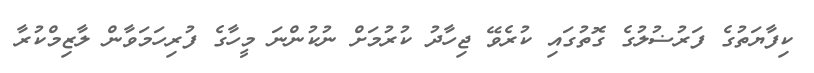
ކިފާޔަތުގެ ފަރުޟުލުގެ ގޮތުގައި ކުރެވޭ ޖިހާދު ކުރުމަށް ނުކުންނަ މީހާގެ ފުރިހަމަވާން ލާޒިމްކުރާ